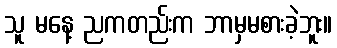
သူ မနေ့ ညကတည်းက ဘာမှမစားခဲ့ဘူး။